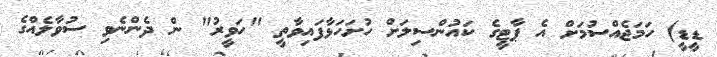
ޑީޑީ) ހަމަޖެއްސުމަށް އެ ޕާޓީގެ ކައުންސިލަށް ހުށަހަޅާފައިވާތީ "ހަވީރު" ން ދެންނެވި ސުވާލެއްގެ